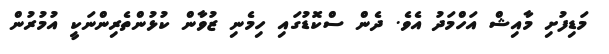
މަޑިފުށި މާއިޝް އަހްމަދު އެވެ. ދެން ސްކޮޑުގައި ހިމެނި ޒުވާން ކުޅުންތެރިންނަކީ އުމުރުން